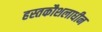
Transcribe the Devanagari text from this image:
हस्तकौशलाधीन